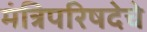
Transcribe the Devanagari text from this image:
मंत्रिपरिषदेचे